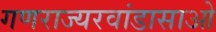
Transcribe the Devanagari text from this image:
गणराज्यरवांडासाओ